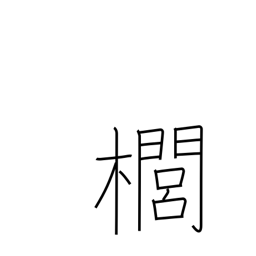
Meaning: kind of quince